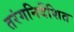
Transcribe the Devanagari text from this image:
तरंगनिर्देशित